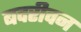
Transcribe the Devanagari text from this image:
बदरीवन